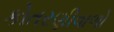
કોતરણીવાળો